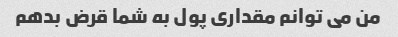
من می توانم مقداری پول به شما قرض بدهم